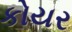
કોયર